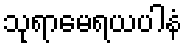
သုရာမေရယပါနံ